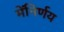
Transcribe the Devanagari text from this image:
मेंनिर्णय